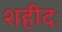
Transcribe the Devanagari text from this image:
शहीदः